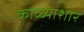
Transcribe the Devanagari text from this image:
काळ्याशार